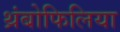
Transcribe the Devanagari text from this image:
थ्रंबोफिलिया